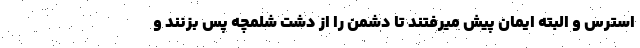
استرس و البته ایمان پیش میرفتند تا دشمن را از دشت شلمچه پس بزنند و